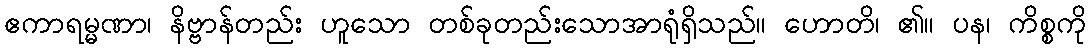
ဧကာရမ္မဏာ၊ နိဗ္ဗာန်တည်း ဟူသော တစ်ခုတည်းသောအာရုံရှိသည်။ ဟောတိ၊ ၏။ ပန၊ ကိစ္စကို